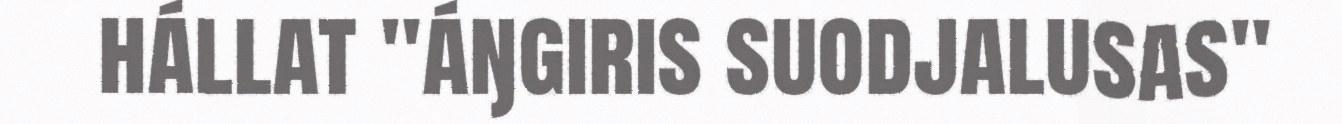
hállat "áŋgiris suodjalusas"